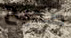
صحيح